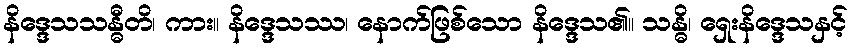
နိဒ္ဒေသသန္ဓီတိ၊ ကား။ နိဒ္ဒေသဿ၊ နောက်ဖြစ်သော နိဒ္ဒေသ၏။ သန္ဓိ၊ ရှေးနိဒ္ဒေသနှင့်